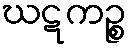
ဃဋကဉ္စ